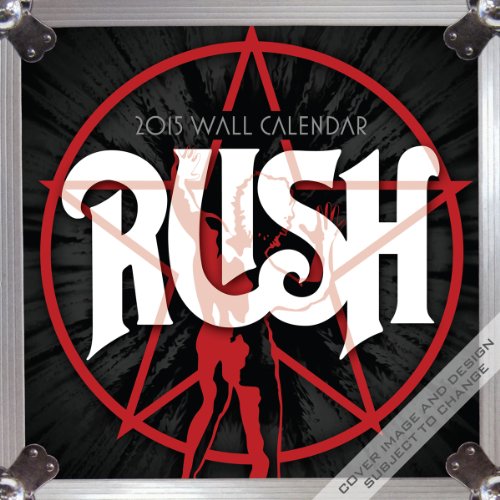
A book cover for Rush Wall Calendar; Calendars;